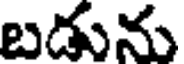
బడును